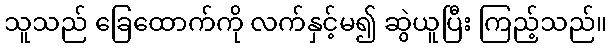
သူသည် ခြေထောက်ကို လက်နှင့်မ၍ ဆွဲယူပြီး ကြည့်သည်။